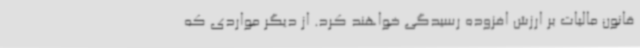
قانون مالیات بر ارزش افزوده رسیدگی خواهند کرد. از دیگر مواردی که